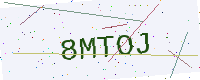
Text: 8MTOJ